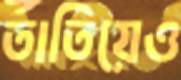
তাতিয়েও